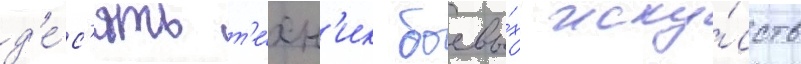
д'е́с'ять т'е́хн'ик боевы́х иску́сств